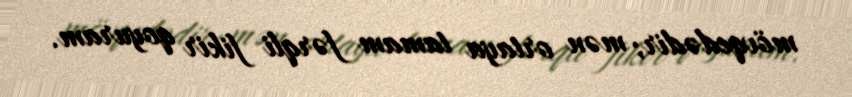
mövqedədir; mən ortaya tamam fərqli fikir qoyuram.